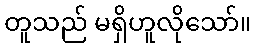
တူသည် မရှိဟူလိုသော်။